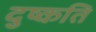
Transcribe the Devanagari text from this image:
दुष्‍कति